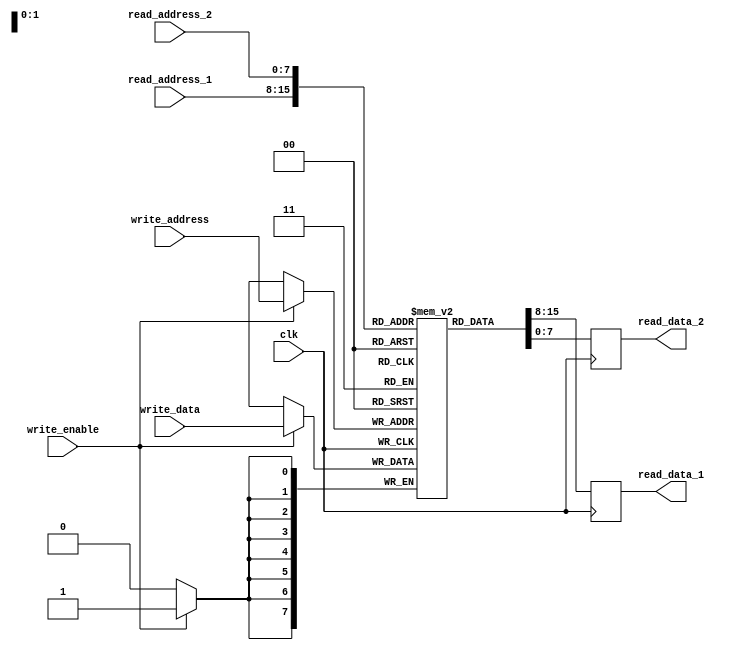
module RegisterFile(
    input wire clk,
    input wire [7:0] read_address_1, 
    input wire [7:0] read_address_2, 
    input wire [7:0] write_address,
    input wire write_enable,
    input wire [7:0] write_data,
    output reg [7:0] read_data_1,
    output reg [7:0] read_data_2
);

reg [7:0] mem [0:255];

always @(posedge clk) begin
    if (write_enable) begin
        mem[write_address] <= write_data;
    end
    read_data_1 <= mem[read_address_1];
    read_data_2 <= mem[read_address_2];
end

endmodule